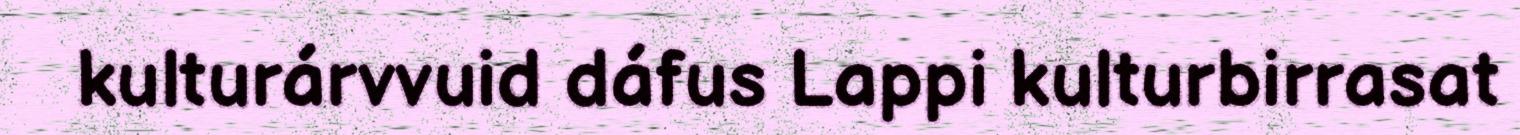
kulturárvvuid dáfus Lappi kulturbirrasat